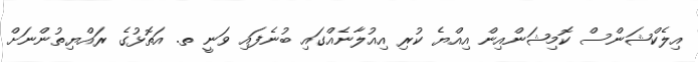
އިލެކްޝަންސް ކޮމިޝަންއިން އިއްޔެ ކުރި އިއުލާނެއްގައި ބުނެފައި ވަނީ ތ. އަތޮޅުގެ ރައްޔިތުންނަށް